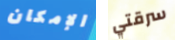
الإمكان سرقتي